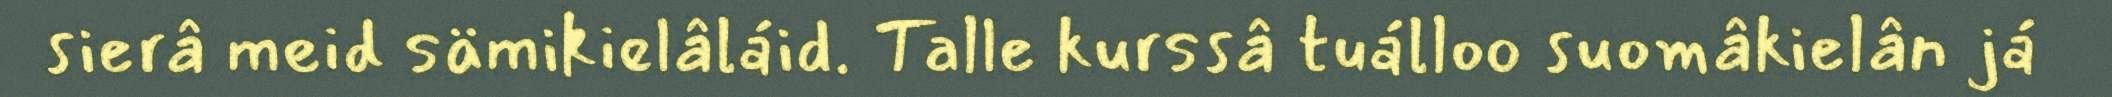
sierâ meid sämikielâláid. Talle kurssâ tuálloo suomâkielân já